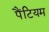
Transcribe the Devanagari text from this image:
पैंटियम